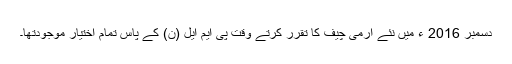
دسمبر 2016 ء میں نئے آرمی چیف کا تقرر کرتے وقت پی ایم ایل (ن) کے پاس تمام اختیار موجودتھا۔